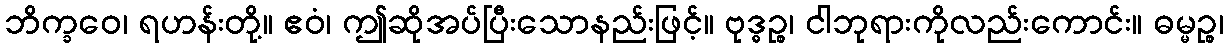
ဘိက္ခဝေ၊ ရဟန်းတို့။ ဧဝံ၊ ဤဆိုအပ်ပြီးသောနည်းဖြင့်။ ဗုဒ္ဓဉ္စ၊ ငါဘုရားကိုလည်းကောင်း။ ဓမ္မဉ္စ၊